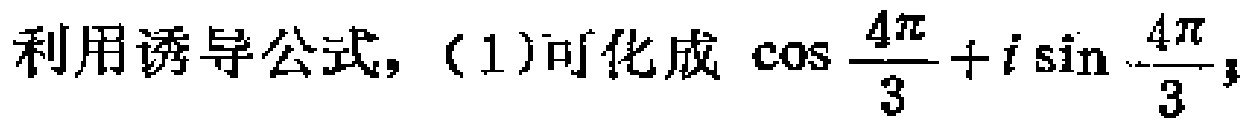
利用诱导公式，（1）可化成\(\cos\frac{4\pi}{3}+i\sin\frac{4\pi}{3}\)；